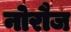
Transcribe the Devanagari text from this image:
नोरौज